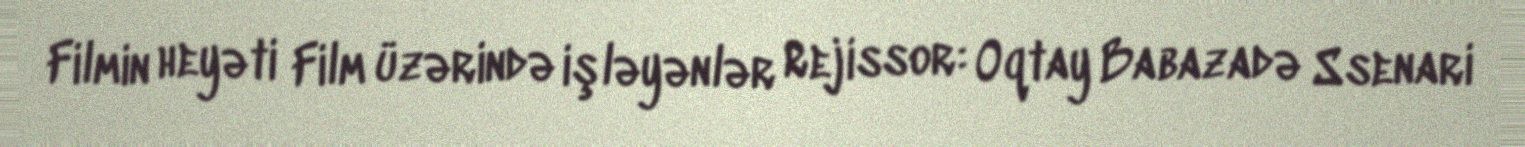
Filmin heyəti Film üzərində işləyənlər Rejissor: Oqtay Babazadə Ssenari